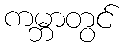
ကမ္ဘာတွင်